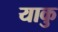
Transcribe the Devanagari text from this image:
याकु